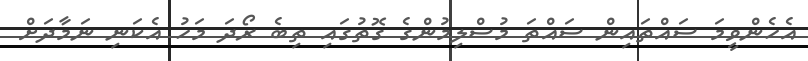
އެހެންވީމަ ސައްތައިން ސައްތަ މުސްލިމުންގެ ގޮތުގައި ތިބެ ރޯދަ މަހު އެކަނި ނަމާދަށް